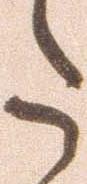
た